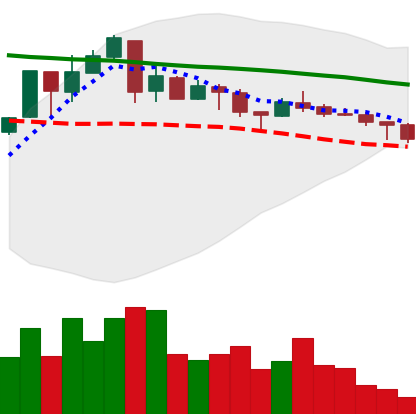
Ticker: XMR-USD
Chart end date: 2018-05-08
Forward return: -6.169%
Label: down_5_7